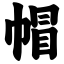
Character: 帽